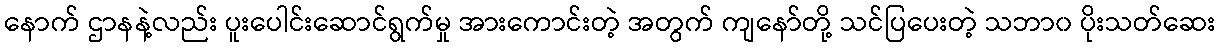
နောက် ဌာနနဲ့လည်း ပူးပေါင်းဆောင်ရွက်မှု အားကောင်းတဲ့ အတွက် ကျနော်တို့ သင်ပြပေးတဲ့ သဘာ၀ ပိုးသတ်ဆေး